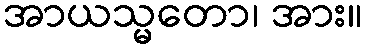
အာယသ္မတော၊ အား။